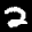
Label: 2